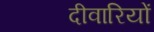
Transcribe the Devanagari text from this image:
दीवारियों